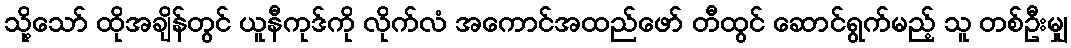
သို့သော် ထိုအချိန်တွင် ယူနီကုဒ်ကို လိုက်လံ အကောင်အထည်ဖော် တီထွင် ဆောင်ရွက်မည့် သူ တစ်ဦးမျှ